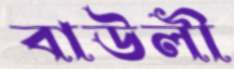
বাউলী